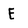
Character: E